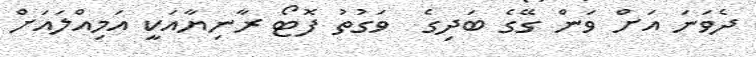
ދެވަނަ އަށް ވަން ގޭގެ ބަދިގެ  ވަގުތު ފޮޓޯ ރާނިޔާއަކީ އަމިއްލައަށް